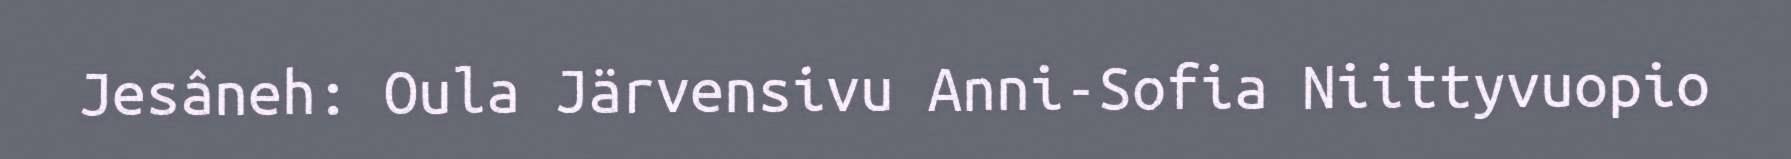
Jesâneh: Oula Järvensivu Anni-Sofia Niittyvuopio